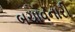
બચાવનારી